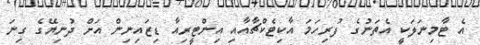
އެ ޓާމިނަލަކީ އެތަނުގެ ފުރިހަމަ އާކިޓެކްޗާއާއި އިންޓީރިއާ ޑިޒައިނިން އަށް ދުނިޔޭގެ ގިނަ